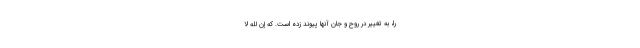
را، به تغییر در روح و جان آنها پیوند زده است. که إِنَّ للَّهَ لَا